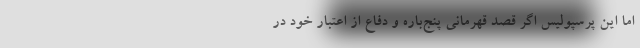
اما این پرسپولیس اگر قصد قهرمانی پنج‌باره و دفاع از اعتبار خود در